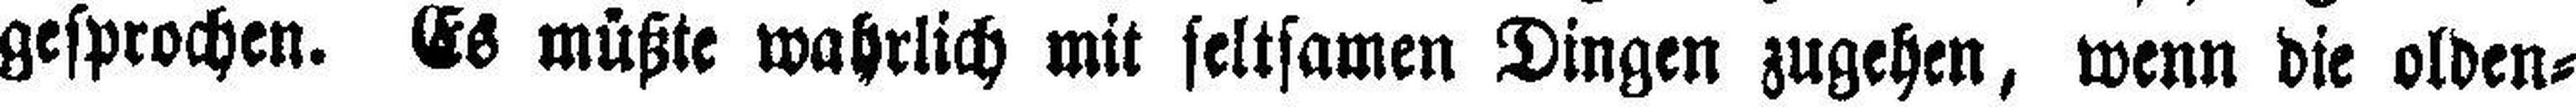
gesprochen. Es müßte wahrlich mit seltsamen Dingen zugehen, wenn die olden¬